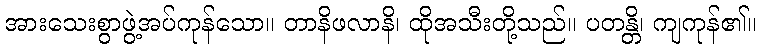
အားသေးစွာဖွဲ့အပ်ကုန်သော။ တာနိဖလာနိ၊ ထိုအသီးတို့သည်။ ပတန္တိ၊ ကျကုန်၏။